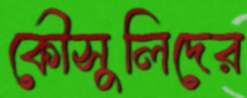
কৌসুলিদের